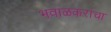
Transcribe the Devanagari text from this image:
भवाळकरांचा